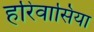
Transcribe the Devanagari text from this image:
हरिवासिया